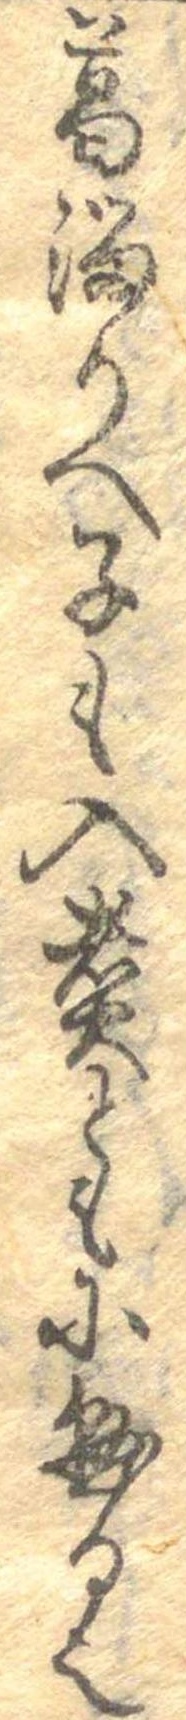
葛溜りへ子も入煮ともに懸る也